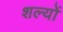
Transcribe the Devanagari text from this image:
शल्यों